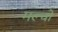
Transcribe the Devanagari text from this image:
मल्चो